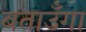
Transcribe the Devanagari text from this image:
बताउँगा